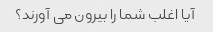
آیا اغلب شما را بیرون می آورند؟